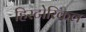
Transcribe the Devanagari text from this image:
हिस्‍टोरिकल